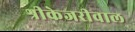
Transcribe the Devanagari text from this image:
श्रीकेजरीवाल